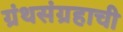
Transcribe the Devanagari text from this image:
ग्रंथसंग्रहाची